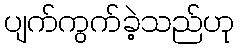
ပျက်ကွက်ခဲ့သည်ဟု